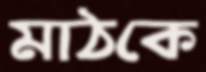
মাঠকে